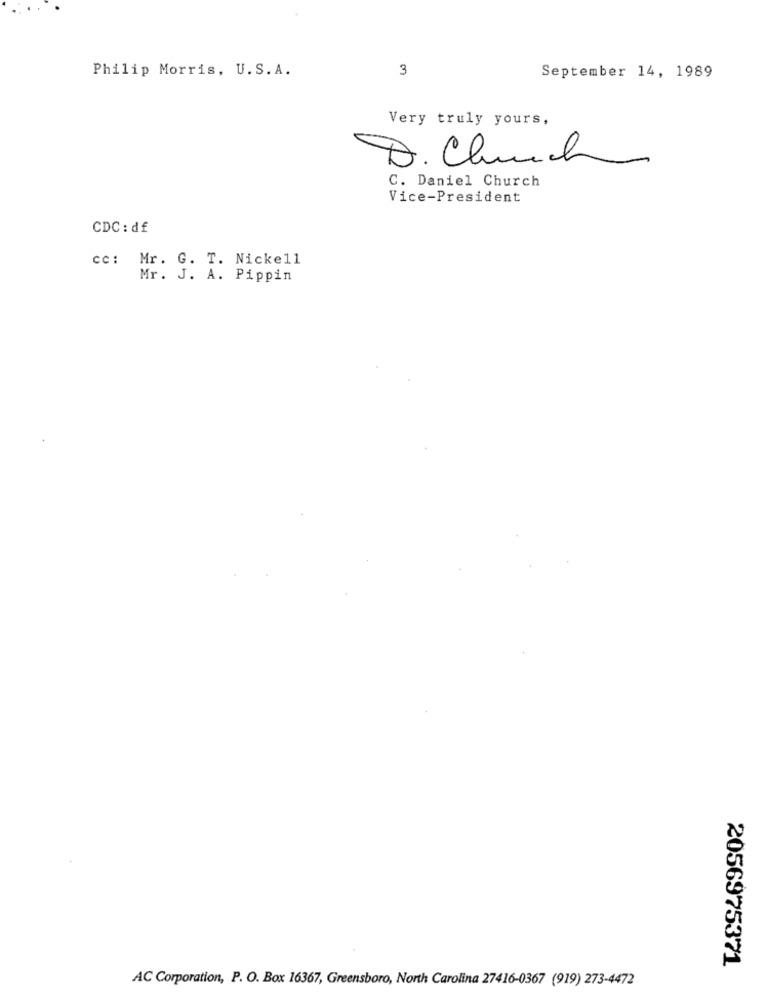
Philip Morris, U.S. A.
3
September 14, 1989
Very truly yours,
D. Church
C. Daniel Church
Vice-President
CDC : df
ce: Mr. G. T. Nickell
Mr. J. A. Pippin
2056975371
AC Corporation, P. O. Box 16367, Greensboro, North Carolina 27416-0367 (919) 273-4472